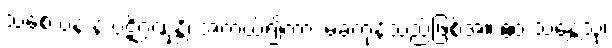
သစေ ပန န ပဋိဂ္ဂဏှန္တိ၊ အကယ်၍ကား မခံကုန်သည်ဖြစ်အံ့။ ဧဝံ သန္တေသု၊